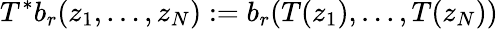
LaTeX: T^{*}b_{r}(z_{1},\ldots,z_{N}):=b_{r}(T(z_{1}),\ldots,T(z_{N}))